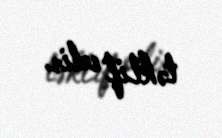
təklif edir.